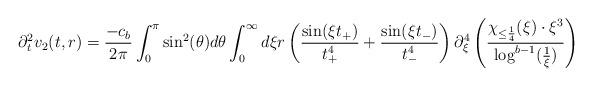
LaTeX: \begin{align*} \partial_{t}^{2}v_{2}(t,r) &= \frac{-c_{b}}{2\pi} \int_{0}^{\pi} \sin^{2}(\theta)d\theta \int_{0}^{\infty} d\xi r \left(\frac{\sin(\xi t_{+})}{t_{+}^{4}}+\frac{\sin(\xi t_{-})}{t_{-}^{4}}\right) \partial_{\xi}^{4} \left(\frac{\chi_{\leq \frac{1}{4}}(\xi) \cdot \xi^{3}}{\log^{b-1}(\frac{1}{\xi})}\right)\end{align*}